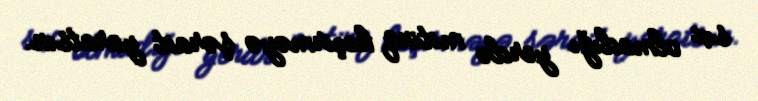
sıx olmadığı yerdə mitinq keçirməyə şərait yaratsın.